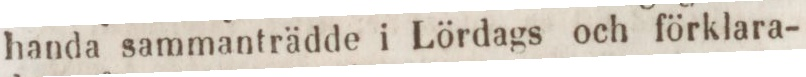
handa sammanträdde i Lördags och förklara-